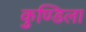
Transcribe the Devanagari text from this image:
कुण्डिला